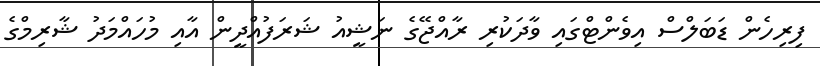
ފިރިހެން ޑަބަލްސް އިވެންޓްގައި ވާދަކުރި ރާއްޖޭގެ ނަޝީއު ޝަރަފުއްދީން އާއި މުހައްމަދު ޝާރިމްގެ